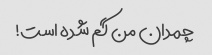
چمدان من گم شده است!